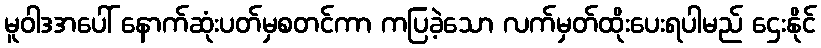
မူဝါဒအပေါ် နောက်ဆုံးပတ်မှစတင်ကာ ကပြခဲ့သော လက်မှတ်ထိုးပေးရပါမည် ဌေးနိုင်